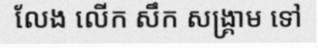
លែង លើក សឹក សង្គ្រាម ទៅ